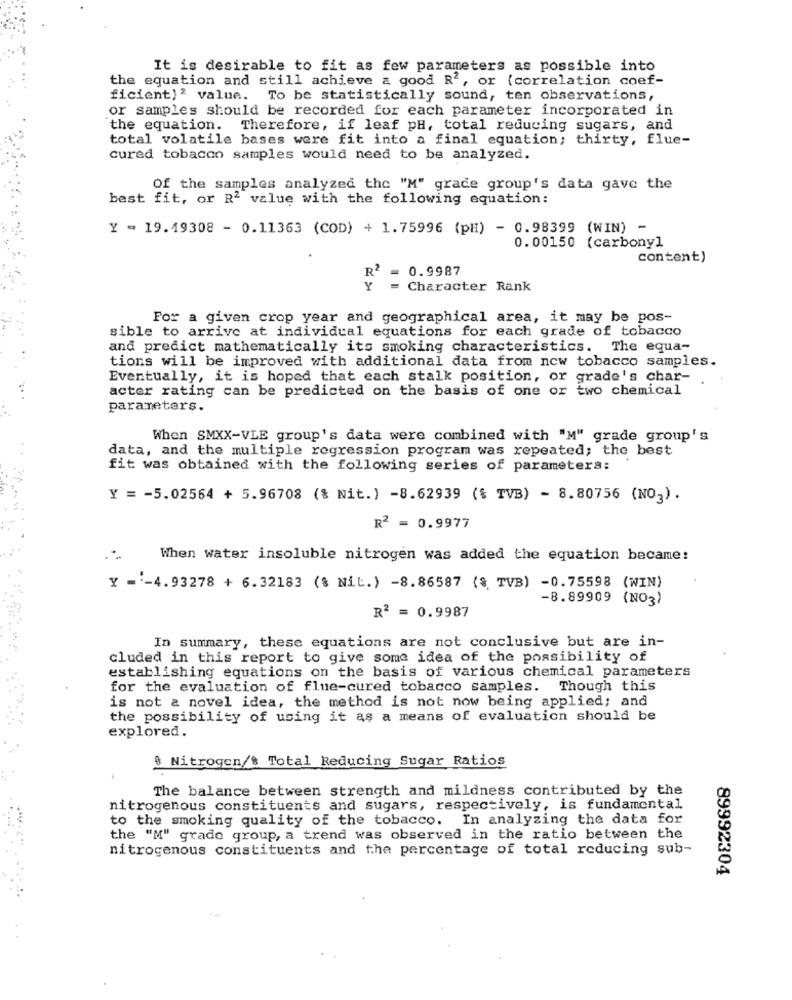
It is desirable to fit as few parameters as possible into
the equation and still achieve a good R2, or (correlation coef-
ficient)2 value. To be statistically sound, ten observations,
or samples should be recorded for each parameter incorporated in
the equation. Therefore, if leaf pH, total reducing sugars, and
total volatile bases were fit into a final equation; thirty, flue-
cured tobacon samples would need to be analyzed.
Of the samples analyzed the "M" grade group's data gave the
best fit, or R2 value with the following equation:
Y = 19.19308 - 0.11363 (COD) + 1.75996 (pH) - 0.98399 (WIN) -
0.00150 (carbony]
content)
R2 = 0.9987
Y
= Character Rank
For a given crop year and geographical area, it may be pos-
sible to arrive at individual equations for each grade of tobacco
and predict mathematically its smoking characteristics. The equa-
tions will be improved with additional data from now tobacco samples.
Eventually, it is hoped that each stalk position, or grade's char-
acter rating can be predicted on the basis of one or two chemical
parameters.
When SMXX-VLE group's data were combined with "M" grade group's
data, and the multiple regression program was repeated; the best
fit was obtained with the following series of parameters:
Y = = 5.02564 + 5.96708 (% Nit.) -8.62939 (% TVB) - 8.80756 (NO3) .
R2 = 0.9977
When water insoluble nitrogen was added the equation bacame:
Y =- 4.93278 + 6.32183 (§ Nit.) -8.86587 (§, TVB) -0.75598 (WIN)
-8.89909 (NO3)
R2 = 0.9987
In summary, these equations are not conclusive but are in-
cluded in this report to give some idea of the possibility of
establishing equations on the basis of various chemical parameters
for the evaluation of flue-cured tobacco samples. Though this
is not a novel idea, the method is not now being applied; and
the possibility of using it as a means of evaluation should be
explored.
& Nitrogen/$ Total Reducing Sugar Ratios
The balance between strength and mildness contributed by the
nitrogenous constituents and sugars, respectively, is fundamental
to the smoking quality of the tobacco. In analyzing the data for
the "M" grade group, a trend was observed in the ratio between the
nitrogenous constituents and the percentage of total reducing sub-
89992304